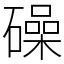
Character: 𥖨